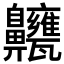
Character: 𪗃